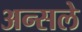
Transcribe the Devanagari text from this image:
अन्सले